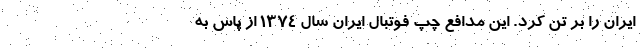
ایران را بر تن کرد. این مدافع چپ فوتبال ایران سال ۱۳۷۴ از پاس به